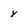
Character: y